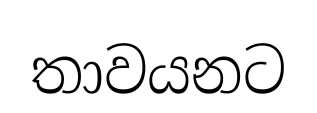
තාවයනට